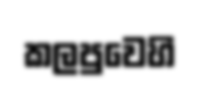
කලපුවෙහි